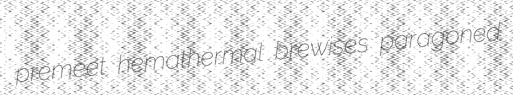
premeet hemathermal brewises paragoned